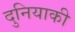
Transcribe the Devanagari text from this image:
दुनियाकी